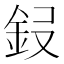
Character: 𮡭